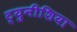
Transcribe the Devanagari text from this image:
ट्युनीशिया